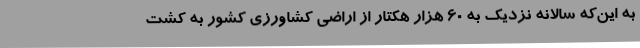
به این‌که سالانه نزدیک به 60 هزار هکتار از اراضی کشاورزی کشور به کشت